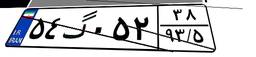
۵۴گ۰۵۲۳۸